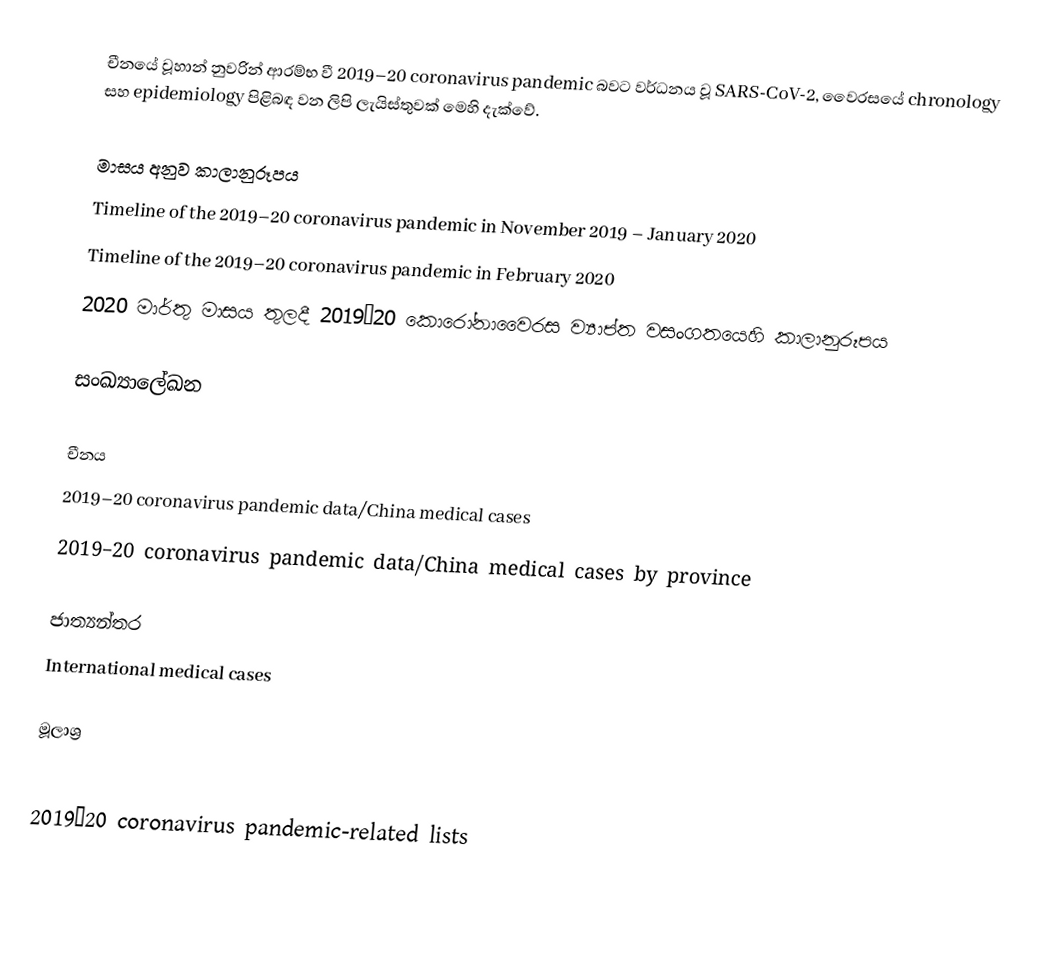
චීනයේ වූහාන් නුවරින් ආරම්භ වී 2019–20 coronavirus pandemic බවට වර්ධනය වූ SARS-CoV-2, වෛරසයේ chronology සහ epidemiology පිළිබඳ වන ලිපි ලැයිස්තුවක් මෙහි දැක්වේ.

මාසය අනුව කාලානුරූපය
 Timeline of the 2019–20 coronavirus pandemic in November 2019 – January 2020
 Timeline of the 2019–20 coronavirus pandemic in February 2020
 2020 මාර්තු මාසය තුලදී 2019–20 කොරෝනාවෛරස ව්‍යාප්ත වසංගතයෙහි කාලානුරූපය

සංඛ්‍යාලේඛන

චීනය
2019–20 coronavirus pandemic data/China medical cases
2019–20 coronavirus pandemic data/China medical cases by province

ජාත්‍යන්තර
International medical cases

මූලාශ්‍ර

2019–20 coronavirus pandemic-related lists